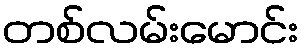
တစ်လမ်းမောင်း